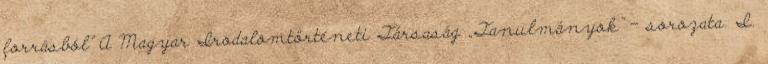
forrásból” A Magyar Irodalomtörténeti Társaság „Tanulmányok” – sorozata. I.